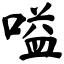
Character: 嗌